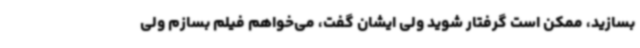
بسازید، ممکن است گرفتار شوید ولی ایشان گفت، می‌خواهم فیلم بسازم ولی